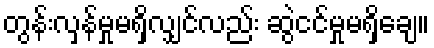
တွန်းလှန်မှုမရှိလျှင်လည်း ဆွဲငင်မှုမရှိချေ။